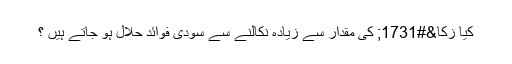
كيا زكا&#1731; كى مقدار سے زيادہ نكالنے سے سودى فوائد حلال ہو جاتے ہيں ؟